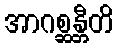
အာဂစ္ဆန္တီတိ